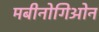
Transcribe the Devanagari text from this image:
मबीनोगिओन